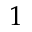
1